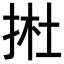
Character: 𢭰